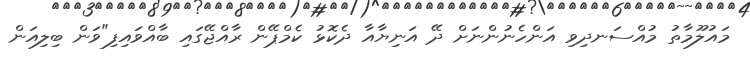
މައުލޫމާތު މުއްސަނދިވި އަންހެނުންނަށް ދޭ އަނިޔާއާ ދެކޮޅު ކެމްޕޭން ރާއްޖޭގައި ބާއްވައިފި"ވަން ބިލިއަން